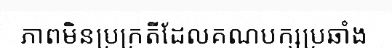
ភាពមិនប្រក្រតីដែលគណបក្សប្រឆាំង